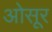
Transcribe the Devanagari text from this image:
ओसूर